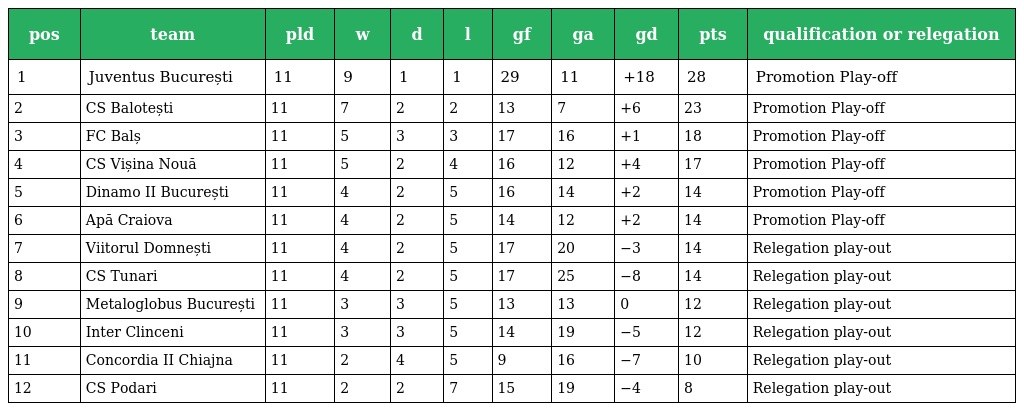
| pos | team | pld | w | d | l | gf | ga | gd | pts | qualification or relegation |
 | --- | --- | --- | --- | --- | --- | --- | --- | --- | --- | --- |
 | 1 | Juventus București | 11 | 9 | 1 | 1 | 29 | 11 | +18 | 28 | Promotion Play-off |
 | 2 | CS Balotești | 11 | 7 | 2 | 2 | 13 | 7 | +6 | 23 | Promotion Play-off |
 | 3 | FC Balș | 11 | 5 | 3 | 3 | 17 | 16 | +1 | 18 | Promotion Play-off |
 | 4 | CS Vișina Nouă | 11 | 5 | 2 | 4 | 16 | 12 | +4 | 17 | Promotion Play-off |
 | 5 | Dinamo II București | 11 | 4 | 2 | 5 | 16 | 14 | +2 | 14 | Promotion Play-off |
 | 6 | Apă Craiova | 11 | 4 | 2 | 5 | 14 | 12 | +2 | 14 | Promotion Play-off |
 | 7 | Viitorul Domnești | 11 | 4 | 2 | 5 | 17 | 20 | −3 | 14 | Relegation play-out |
 | 8 | CS Tunari | 11 | 4 | 2 | 5 | 17 | 25 | −8 | 14 | Relegation play-out |
 | 9 | Metaloglobus București | 11 | 3 | 3 | 5 | 13 | 13 | 0 | 12 | Relegation play-out |
 | 10 | Inter Clinceni | 11 | 3 | 3 | 5 | 14 | 19 | −5 | 12 | Relegation play-out |
 | 11 | Concordia II Chiajna | 11 | 2 | 4 | 5 | 9 | 16 | −7 | 10 | Relegation play-out |
 | 12 | CS Podari | 11 | 2 | 2 | 7 | 15 | 19 | −4 | 8 | Relegation play-out |